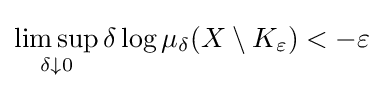
\limsup _{\delta \downarrow 0}\delta \log \mu _{\delta }(X\setminus K_{\varepsilon })<-\varepsilon